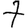
Digit: 7